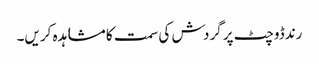
رندڈوچٹ پر گردش کی سمت کا مشاہدہ کریں۔